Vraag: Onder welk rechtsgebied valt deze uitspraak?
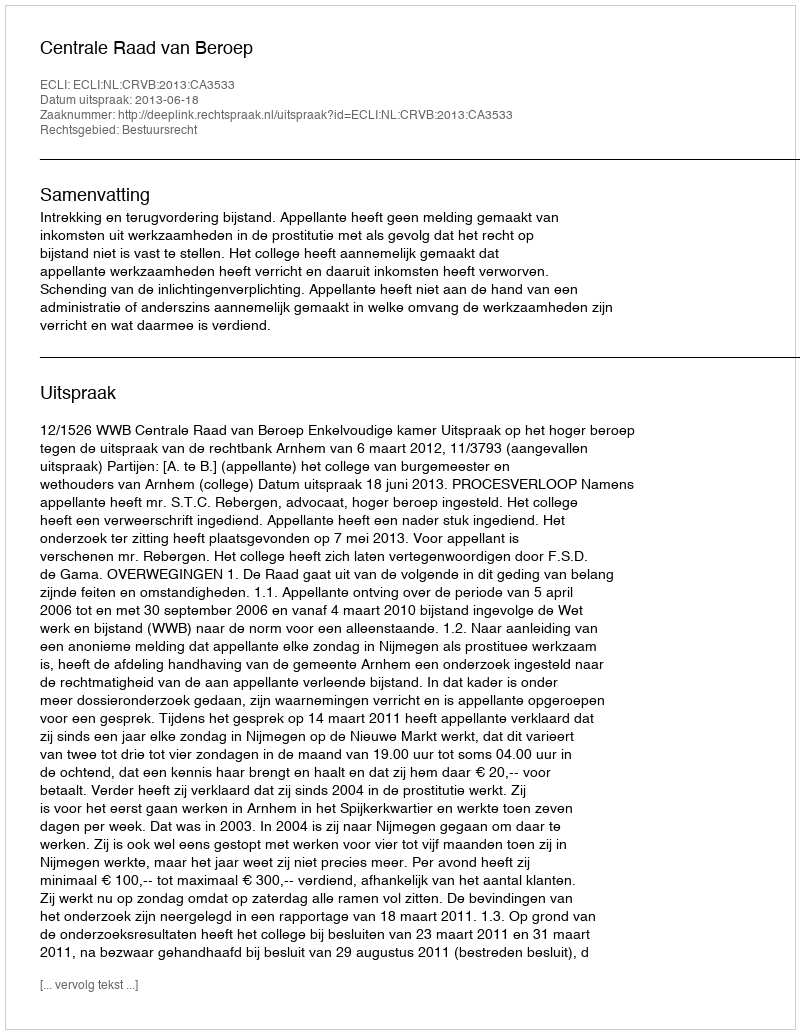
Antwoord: Bestuursrecht